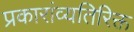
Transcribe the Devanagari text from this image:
प्रकारांव्यतिरिक्त